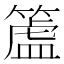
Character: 𥲜